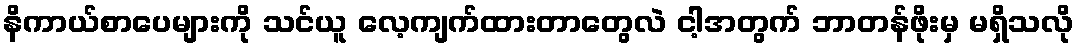
နိကာယ်စာပေများကို သင်ယူ လေ့ကျက်ထားတာတွေလဲ ငါ့အတွက် ဘာတန်ဖိုးမှ မရှိသလို